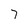
Character: 7